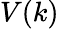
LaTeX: V(k)